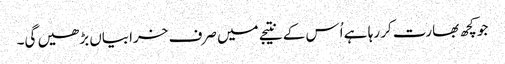
جو کچھ بھارت کر رہا ہے اُس کے نتیجے میں صرف خرابیاں بڑھیں گی۔